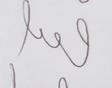
Signature authenticity: genuine